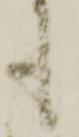
も